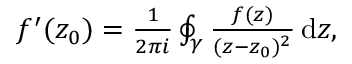
\begin{array} { r } { f ^ { \prime } ( z _ { 0 } ) = \frac { 1 } { 2 \pi i } \oint _ { \gamma } \frac { f ( z ) } { ( z - z _ { 0 } ) ^ { 2 } } \, \mathrm { d } z , } \end{array}